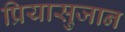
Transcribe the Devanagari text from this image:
प्रियासुजान